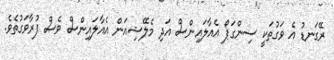
ރޭގަނޑު އެ ވަގުތަކީ ސިންގަޕޯ އެއާލައިންސް އަދި މެލޭޝިއަން އެއާލައިންސް ވެސް ފުރާވަގުތެވެ.